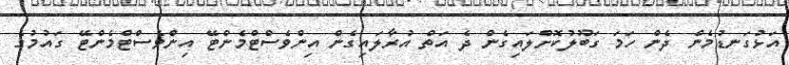
އަޅުގަނޑުމެން ދެން ހަމަ ގަބޫލުކޮށްލައިގެން ދެ އަތް އުރާލައިގެން އިންވެސްޓްމެންޓޭ އިންވެސްޓްމެންޓޭ ގައުމުގެ